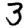
Digit: 3